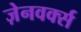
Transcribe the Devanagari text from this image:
ज़ेनवर्क्स